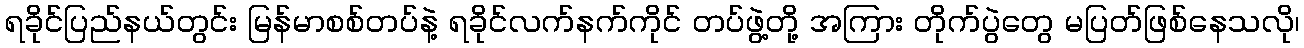
ရခိုင်ပြည်နယ်တွင်း မြန်မာစစ်တပ်နဲ့ ရခိုင်လက်နက်ကိုင် တပ်ဖွဲ့တို့ အကြား တိုက်ပွဲတွေ မပြတ်ဖြစ်နေသလို၊